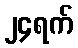
၂၄ရက်